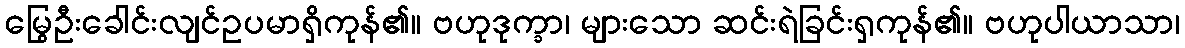
မြွေဦးခေါင်းလျင်ဥပမာရှိကုန်၏။ ဗဟုဒုက္ခာ၊ များသော ဆင်းရဲခြင်းရှကုန်၏။ ဗဟုပါယာသာ၊